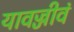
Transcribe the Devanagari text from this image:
यावज्जीवं